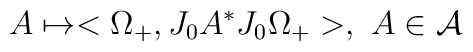
A\mapsto <\Omega _{+},J_{0}A^{\ast }J_{0}\Omega _{+}>,\,\,A\in \mathcal{A}